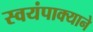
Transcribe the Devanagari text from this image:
स्वयंपाक्याने